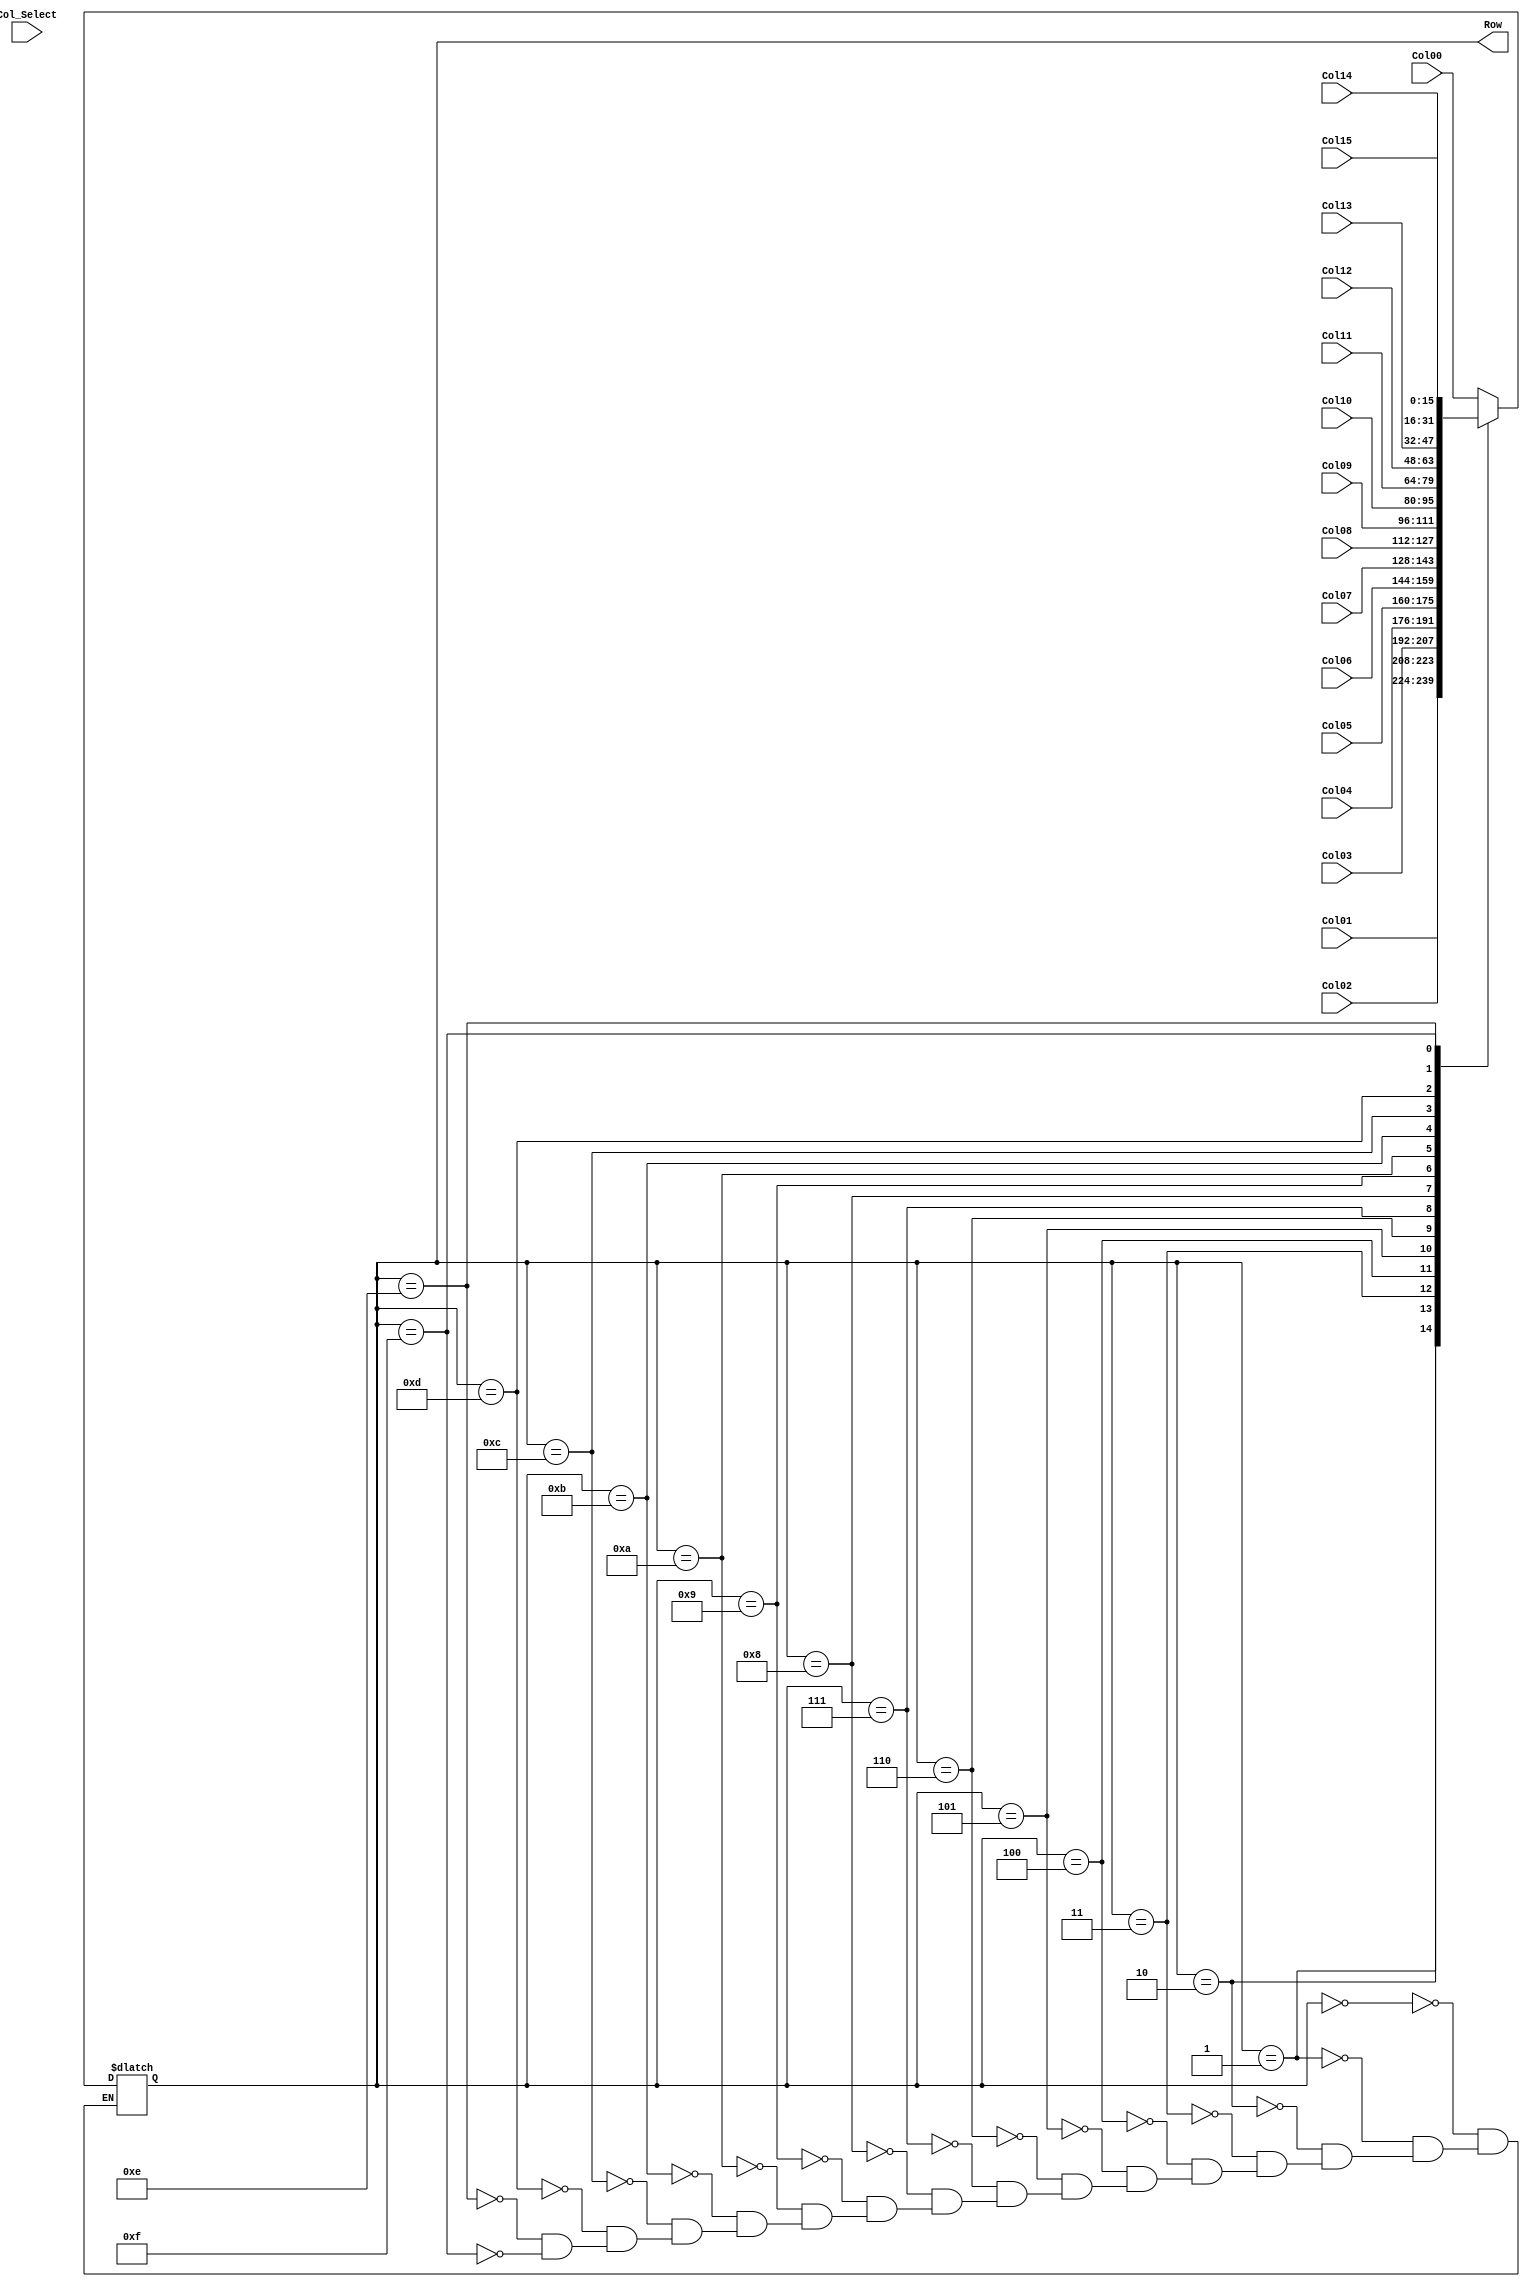
module Scanner(Row,Col_Select,Col00,Col01,Col02,Col03,Col04,Col05,Col06,Col07,Col08,Col09,Col10,Col11,Col12,Col13,Col14,Col15);
	output [15:0]Row;
	input [15:0] Col00,Col01,Col02,Col03,Col04,Col05,Col06,Col07,Col08,Col09,Col10,Col11,Col12,Col13,Col14,Col15;
	input [3:0]Col_Select;
	reg [15:0]Row;
	always @ (Row)
	begin
		case(Row)
		4'b0000:Row = Col00;
		4'b0001:Row = Col01;
		4'b0010:Row = Col02;
		4'b0011:Row = Col03;
		4'b0100:Row = Col04;
		4'b0101:Row = Col05;
		4'b0110:Row = Col06;
		4'b0111:Row = Col07;
		4'b1000:Row = Col08;
		4'b1001:Row = Col09;
		4'b1010:Row = Col10;
		4'b1011:Row = Col11;
		4'b1100:Row = Col12;
		4'b1101:Row = Col13;
		4'b1110:Row = Col14;
		4'b1111:Row = Col15;
		endcase
	end
endmodule